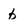
Character: b